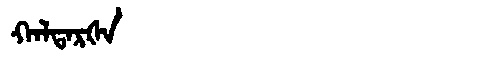
Manchu: ᡴᠠᠯᡨᠠᡵᡧᠠ
Romanization: KALTARŠA